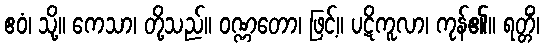
ဧဝံ၊ သို့။ ကေသာ၊ တို့သည်။ ဝဏ္ဏတော၊ ဖြင့်။ ပဋိကူလာ၊ ကုန်၏။ ရတ္တိံ၊